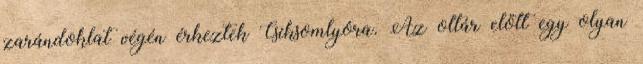
zarándoklat végén érkeztek Csíksomlyóra. Az oltár előtt egy olyan